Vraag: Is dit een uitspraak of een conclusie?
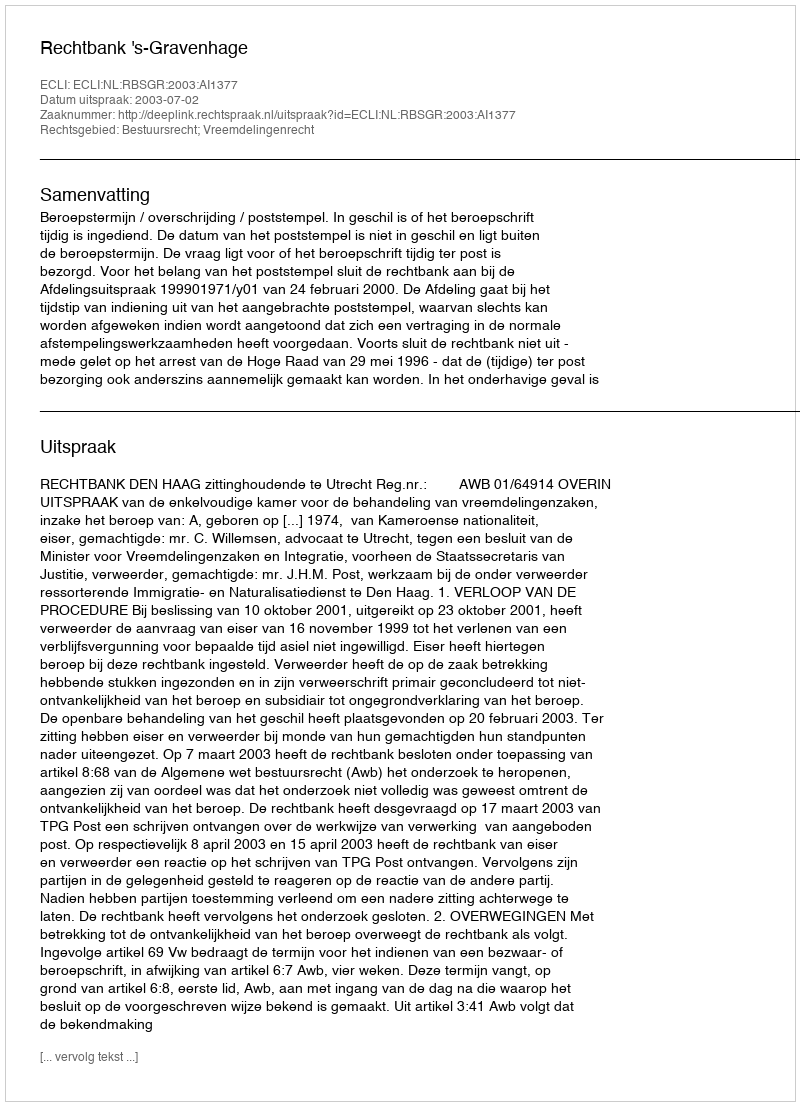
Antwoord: Uitspraak